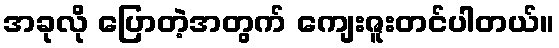
အခုလို ပြောတဲ့အတွက် ကျေးဇူးတင်ပါတယ်။